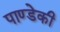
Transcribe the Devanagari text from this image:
पाण्डेकी